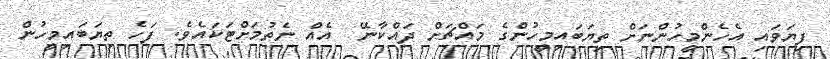
ފިޔަވައި އެހެންމީހުންނަށް ތިޔަބައިމީހުންގެ މައްޗަށް ދައްކާނޭ  އެއް ނެތުމަށްޓަކައެވެ. ފަހެ ތިޔަބައިމީހުން